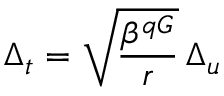
\Delta _ { t } = \sqrt { \frac { \beta ^ { q G } } { r } } \, \Delta _ { u }